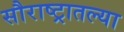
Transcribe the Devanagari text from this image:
सौराष्ट्रातल्या